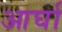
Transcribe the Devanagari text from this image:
आर्घा